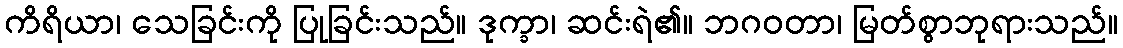
ကိရိယာ၊ သေခြင်းကို ပြုခြင်းသည်။ ဒုက္ခာ၊ ဆင်းရဲ၏။ ဘဂဝတာ၊ မြတ်စွာဘုရားသည်။